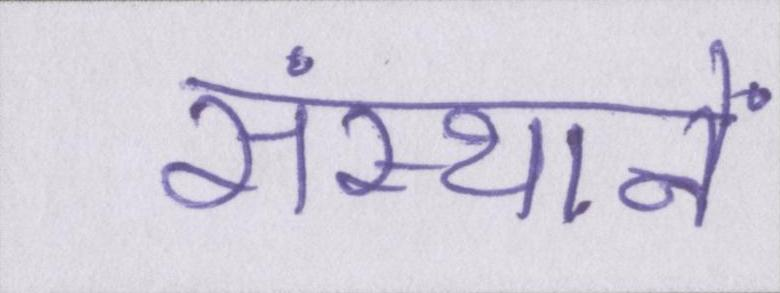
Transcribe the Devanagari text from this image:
संस्थानें